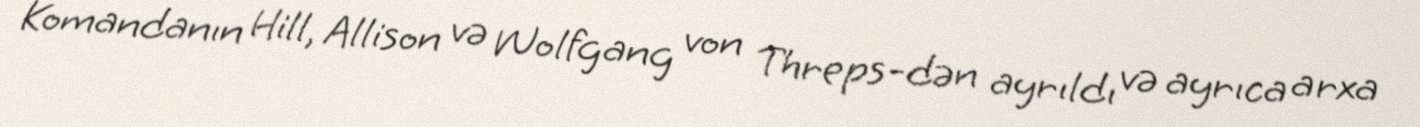
Komandanın Hill, Allison və Wolfgang von Threps-dən ayrıldı və ayrıca arxa